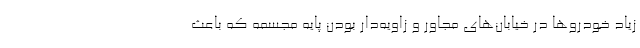
زیاد خودرو‌ها در خیابان‌های مجاور و زاویه‌دار بودن پایه مجسمه که باعث